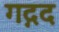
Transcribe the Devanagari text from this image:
गद्गद